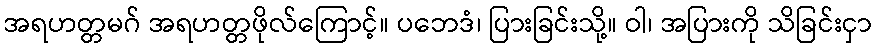
အရဟတ္တမဂ် အရဟတ္တဖိုလ်ကြောင့်။ ပဘေဒံ၊ ပြားခြင်းသို့။ ဝါ၊ အပြားကို သိခြင်းငှာ